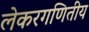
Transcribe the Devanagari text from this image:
लेकरगणितीय